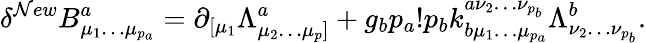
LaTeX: \delta^{\mathcal{N}ew}B_{\mu_{1}\ldots\mu_{p_{a}}}^{a}=\partial_{[\mu_{1}}\Lambda_{\mu_{2}\ldots\mu_{p}]}^{a}+g_{b}p_{a}!p_{b}k_{b\mu_{1}\ldots\mu_{p_{a}}}^{a\nu_{2}\ldots\nu_{p_{b}}}\Lambda_{\nu_{2}\ldots\nu_{p_{b}}}^{b}.